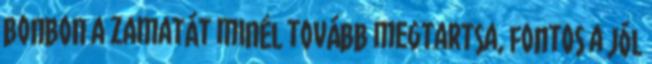
bonbon a zamatát minél tovább megtartsa, fontos a jól